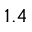
1 . 4